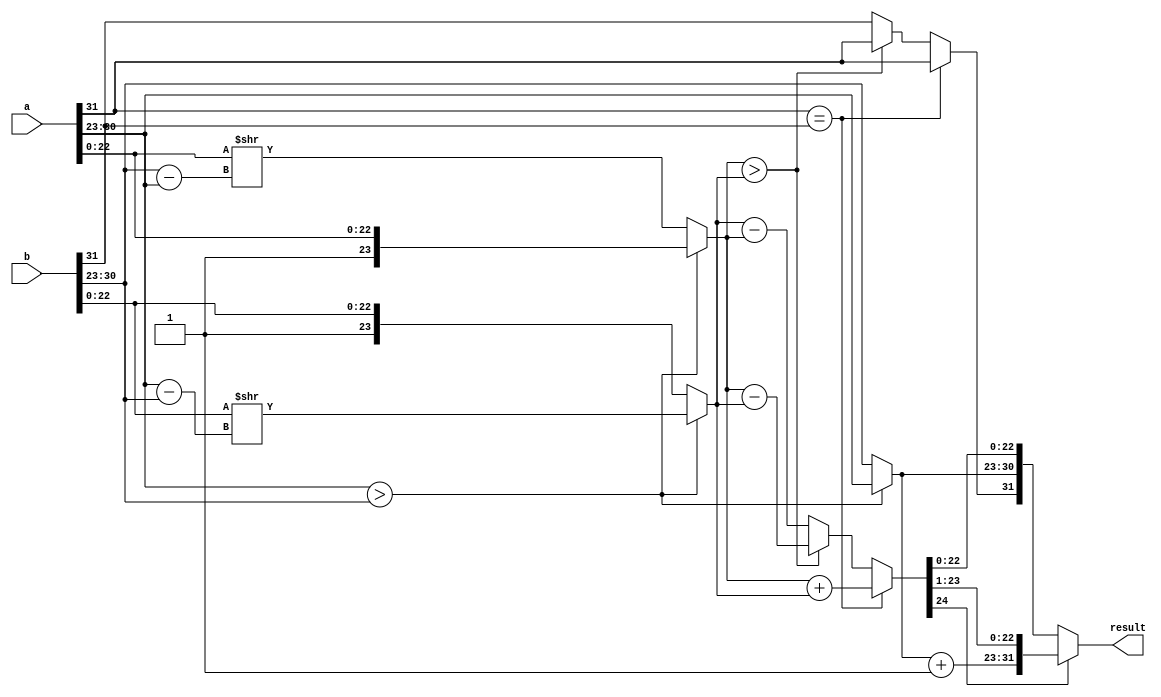
module FloatingPointAdder(
    input [31:0] a, // First floating-point operand
    input [31:0] b, // Second floating-point operand
    output reg [31:0] result, // Result of addition
);

    // Extracting components of operand 'a'
    reg [30:23] exp_a;
    reg [22:0]  mant_a;
    reg sign_a;

    // Extracting components of operand 'b'
    reg [30:23] exp_b;
    reg [22:0] mant_b;
    reg sign_b;

    // Extracting the sign, exponent, and mantissa of 'a'
    assign sign_a = a[31];
    assign exp_a = a[30:23];
    assign mant_a = a[22:0];

    // Extracting the sign, exponent, and mantissa of 'b'
    assign sign_b = b[31];
    assign exp_b = b[30:23];
    assign mant_b = b[22:0];

    // Adding or subtracting the exponents based on the difference
    reg [30:23] sum_exp;
    always @* begin
        if (exp_a > exp_b) begin
            sum_exp = exp_a;
        end else begin
            sum_exp = exp_b;
        end
    end

    // Aligning mantissas based on the difference in exponents
    reg [23:0] mant_a_shifted;
    reg [23:0] mant_b_shifted;
    always @* begin
      if (exp_a > exp_b) begin
        mant_a_shifted = {1'b1, mant_a};
        mant_b_shifted = {1'b0, mant_b} >> (exp_a - exp_b);
      end else begin
        mant_a_shifted = {1'b0, mant_a} >> (exp_b - exp_a);
        mant_b_shifted = {1'b1, mant_b};
      end
    end

    // Adding or subtracting mantissas based on the sign of operands
    reg [24:0] sum_mant;
    reg result_sign;
    always @* begin
      if (sign_a == sign_b) begin 
        sum_mant = mant_a_shifted + mant_b_shifted;
        result_sign = sign_a;
      end else begin 
        if (mant_a_shifted > mant_b_shifted) begin
          sum_mant = mant_a_shifted - mant_b_shifted;
          result_sign = sign_a;
        end else begin
          sum_mant = mant_b_shifted - mant_a_shifted;
          result_sign = sign_b;
        end
      end
    end

    // Normalizing the result if necessary
    always @* begin
        if (sum_mant[24]) begin
          result = {result_sign, sum_exp + 1, sum_mant[23:1]};
        end else begin
          result = {result_sign, sum_exp, sum_mant[22:0]}; 
        end
    end

endmodule